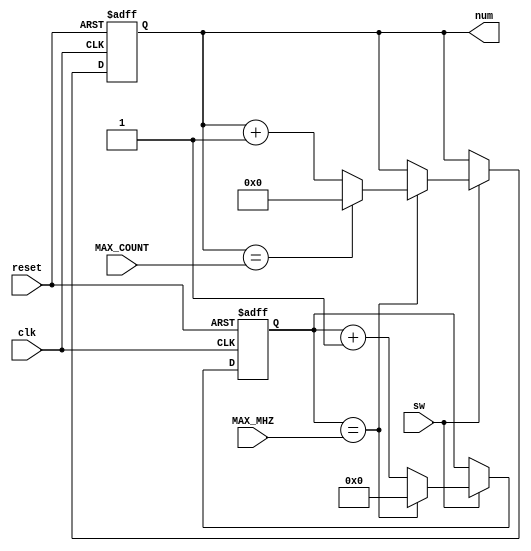
`timescale 1ns / 1ps
//////////////////////////////////////////////////////////////////////////////////
// Company: 
// 
// Design Name: 
// Module Name:    ClkRedu 
// Project Name: 
// Target Devices: 
// Tool versions: 
// Description: 
//
// Dependencies: 
//
// Revision: 
// Revision 0.01 - File Created
// Additional Comments: 
//
//////////////////////////////////////////////////////////////////////////////////
module ClkRedu(
    input clk,
    input reset,
    output [3:0]num,
	 input [40:0]MAX_MHZ,
	 input [3:0]MAX_COUNT,
	 input sw
    );
	 
reg [40:0]conteo;
reg [3:0]clkRedu;

always @(posedge clk, posedge reset)
	begin
		if(reset)
			begin
				conteo <= 0; //reiniciar la cuenta
				clkRedu <= 0; //reiniciar la salida
			end
		else
			begin
				if(sw)
					begin
						conteo <= conteo + 1;
					if(conteo == MAX_MHZ) //contar hasta 25 millones para hacer Toggleo cada 0.5s
						begin
							case(clkRedu)
								MAX_COUNT : begin
										clkRedu <= 0;
									end
								default : begin
										clkRedu <= clkRedu + 1;
									end
								endcase
							conteo <= 0; //reinicia la cuenta
						end
					end
			end
	end
assign num = clkRedu;
endmodule